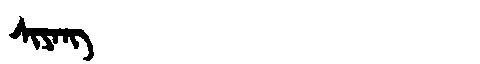
Manchu: ᠰᡳᠶᠠᠩ
Romanization: SIYANG